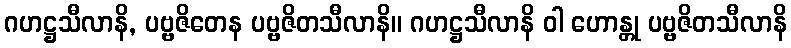
ဂဟဋ္ဌသီလာနိ, ပဗ္ဗဇိတေန ပဗ္ဗဇိတသီလာနိ။ ဂဟဋ္ဌသီလာနိ ဝါ ဟောန္တု ပဗ္ဗဇိတသီလာနိ